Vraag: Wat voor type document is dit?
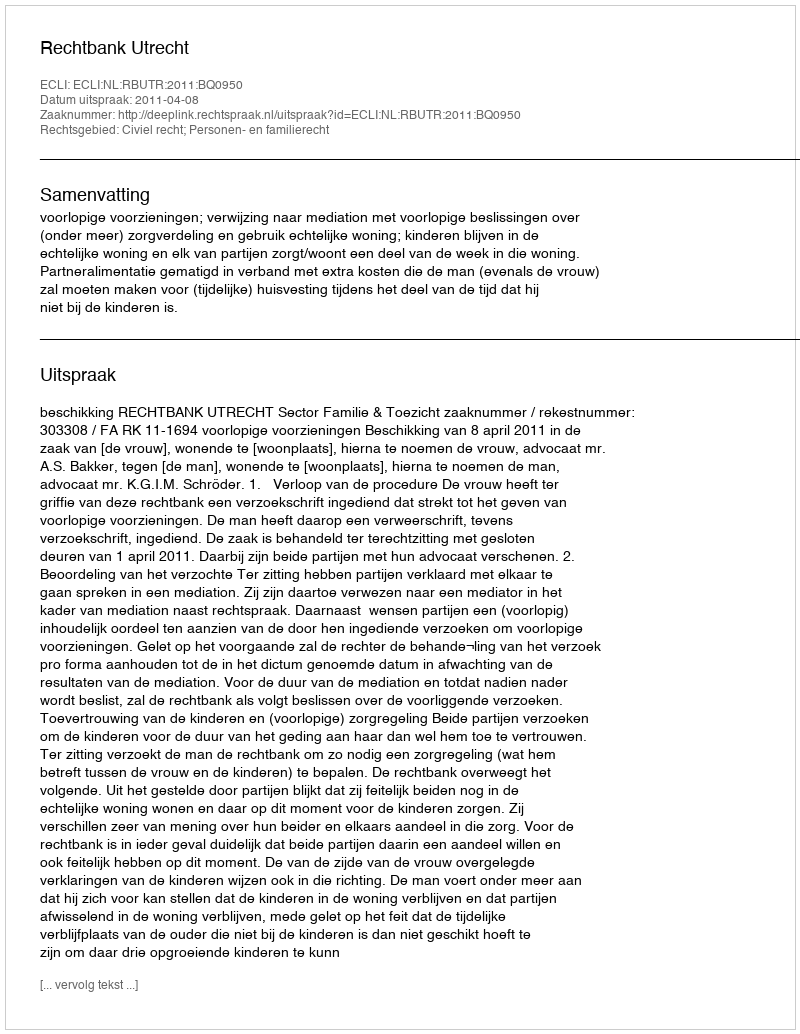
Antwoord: Uitspraak